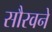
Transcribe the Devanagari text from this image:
सौरवने